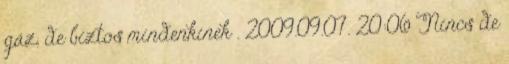
gáz, de biztos mindenkinek . 2009.09.07. 20:06 Nincs de